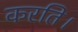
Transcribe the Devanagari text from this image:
करति।